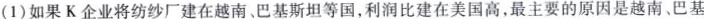
(1)如果K企业将纺纱厂建在越南巴基斯坦等国，利润比建在美国高，最主要的原因是越南、巴基